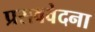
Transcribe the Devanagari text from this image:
प्रसववेदना